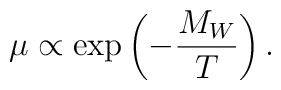
\mu\propto \exp\left(-{M_W\over T}\right).